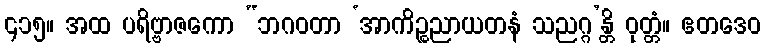
၄၁၅။ အထ ပရိဗ္ဗာဇကော “ဘဂဝတာ ‘အာကိဉ္စညာယတနံ သညဂ္ဂ’န္တိ ဝုတ္တံ။ ဧတဒေဝ